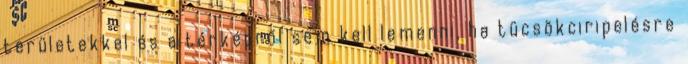
területekkel és a térképről sem kell lemenni, ha tücsökciripelésre